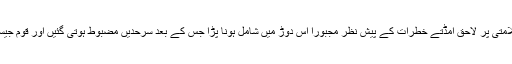
پاکستان کا شمار بھی چند ایسے غریب ممالک میں ہوتا ہے جسے اپنی سلامتی پر لاحق اُمڈتے خطرات کے پیش نظر مجبوراً اس دوڑ میں شامل ہونا پڑا جس کے بعد سرحدیں مضبوط ہوتی گئیں اور قوم جیسے سوکھے کے مرض میں مبتلا ہوکر کمزور سے کمزورتر ہوتی رہی۔